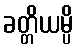
ခတ္တိယမ္ပိ